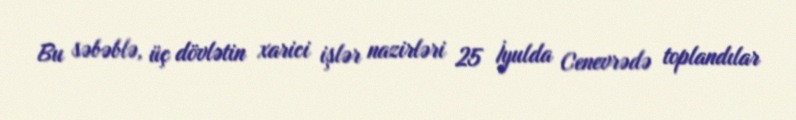
Bu səbəblə, üç dövlətin xarici işlər nazirləri 25 İyulda Cenevrədə toplandılar